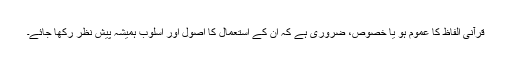
قرآنی الفاظ کا عموم ہو یا خصوص، ضروری ہے کہ ان کے استعمال کا اصول اور اسلوب ہمیشہ پیشِ نظر رکھا جائے۔